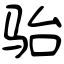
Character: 骀